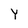
Character: Y